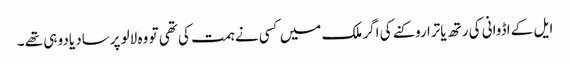
ایل کے اڈوانی کی رتھ یاترا روکنے کی اگر ملک میں کسی نے ہمت کی تھی تو وہ لالو پرساد یادو ہی تھے ۔